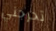
تحرجني